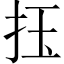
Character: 𢫛